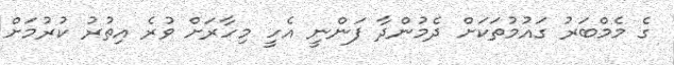
ގެ މެމްބަރު ގައުމުތަކަށް ދެމުންދާ ފަންނީ އެހީ މިހާރަށް ވުރެ އިތުރު ކުރުމަށް